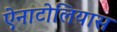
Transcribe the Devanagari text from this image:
ऐनाटोलियास